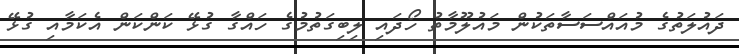
ދައުލަތުގެ މުއައްސަސާތަކުން މައުލޫމާތު ހޯދައި ލިބިގަތުމުގެ ހައްގާ ގުޅޭ ކަންކަން އެކަމާއި ގުޅޭ